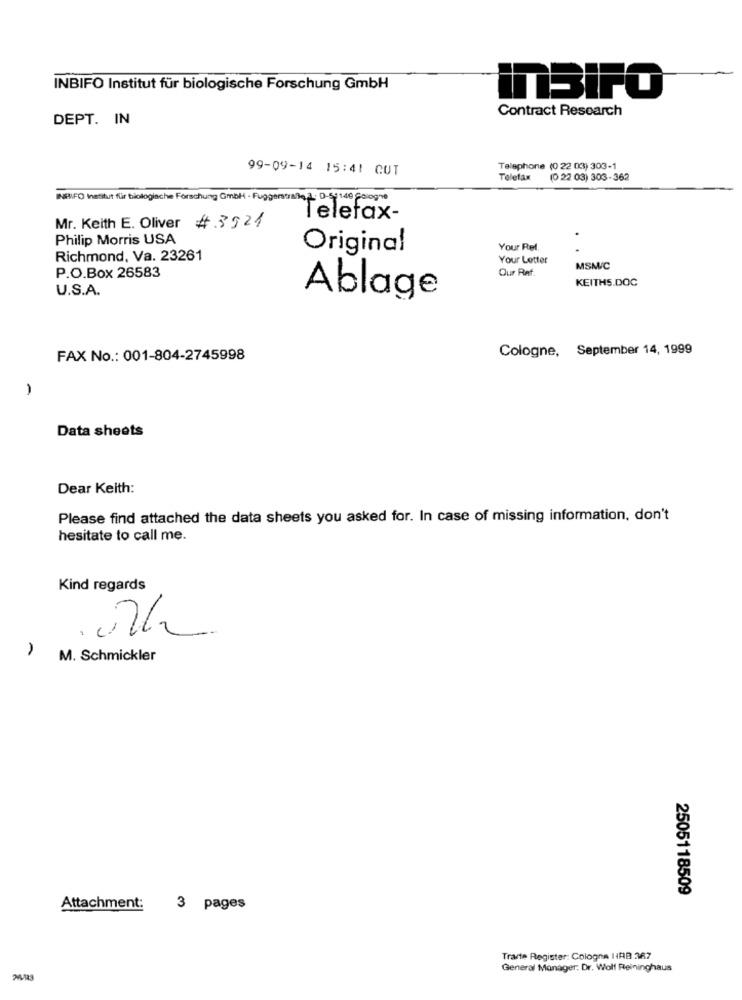
INBIFO Institut für biologische Forschung GmbH
InBIFO
DEPT. IN
Contract Research
99-09-14 15:41 CUT
Telephone (0 22 03) 303-1
Telefax
(0 22 03) 303-362
INERIFO Institut für biologische Forschung Gmbh · Fuggenstraße . 0-54140 Cologne
Mr. Keith E. Oliver #.3921
Telefax-
Philip Morris USA
Original
Your Ref.
Richmond, Va. 23261
Your Letter
Our Ret.
MSM/C
P.O.Box 26583
KEITHS.DOC
U.S.A.
Ablage
Cologne, September 14, 1999
FAX No .: 001-804-2745998
-
Data sheets
Dear Keith:
Please find attached the data sheets you asked for. In case of missing information, don't
hesitate to call me.
Kind regards
M. Schmickler
2505118509
Attachment: 3 pages
Trante Register: Cologna HRB 367
General Manager: Dr. Wolf Pleininghaus